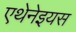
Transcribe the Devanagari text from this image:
एथेनेइयस